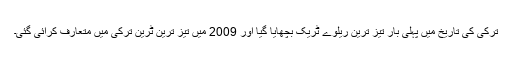
ترکی کی تاریخ میں پہلی بار تیز ترین ریلوے ٹریک بچھایا گیا اور 2009 میں تیز ترین ٹرین ترکی میں متعارف کرائی گئی۔